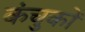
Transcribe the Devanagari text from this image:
कंचुकों